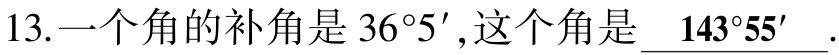
13.一个角的补角是 \(36^{\circ}5'\)，这个角是 \(\underline{143^{\circ}55'}\).